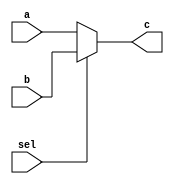
module Mux1(a,b,sel,c);

input [3:0] a,b;

input sel;

output reg [3:0]c;

always @(*)begin

if(sel==0)

c = a;

else

c = b;

end

endmodule

module Mux2(a,b,sel,c);
input [7:0] a,b;
input [1:0]sel;
output reg [7:0]c;
always @(*)begin
if(sel==2'b0)
c = a;
else if(sel==2'b01)
c = b;
else if(sel==2'b10)
c = 8'b0;
end
endmodule

module Mux3(a,b,sel,c);
input [15:0] a,b;
input sel;
output reg [15:0]c;
always @(*)begin
if(sel==0)
c = a;
else
c = b;
end
endmodule